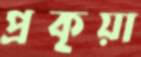
প্রকৃয়া